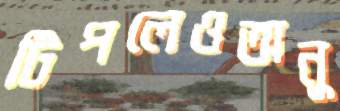
টিপলেওঅনু